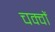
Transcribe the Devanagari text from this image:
चक्वों